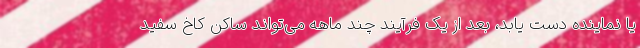
یا نماینده دست یابد، بعد از یک فرآیند چند ماهه می‌تواند ساکن کاخ سفید